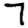
Digit: 7